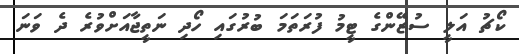
ކޯޗު އަލީ ސުޒޭންގެ ޓީމު ފުރަތަމަ ބުރުގައި ހޯދި ނަތީޖާއަށްވުރެ ދެ ވަނަ